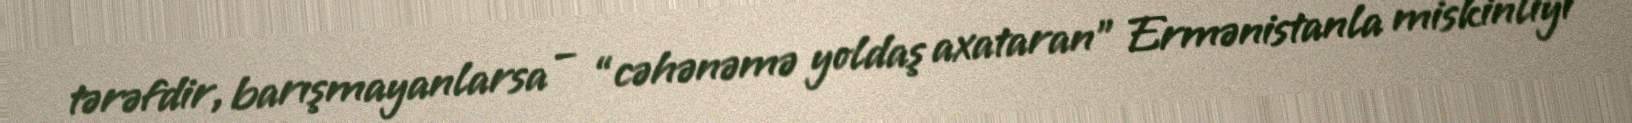
tərəfdir, barışmayanlarsa – “cəhənəmə yoldaş axataran” Ermənistanla miskinliyi